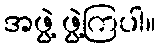
အဖွဲ့ ဖွဲ့ကြပါ။